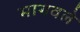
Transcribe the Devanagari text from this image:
मागवले